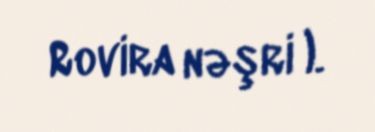
Rovira nəşri ).